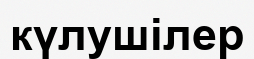
күлушілер